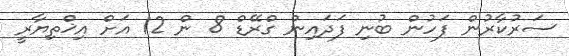
ސަރުކާރުން ފަހުން ބުނި ފަދައިން ގްރޭޑް 8 ން 12 އަށް އިޚްތިޔާރީ